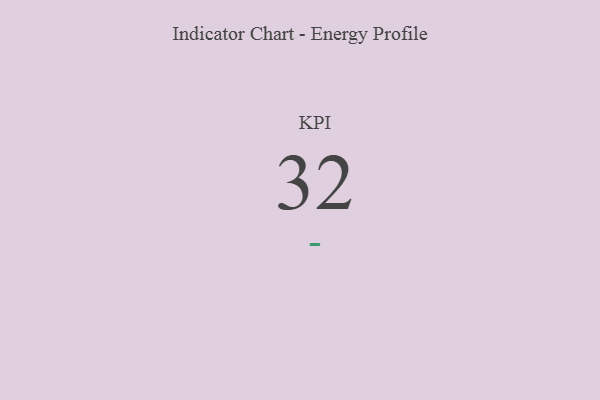
{"axis": {"x": "KPI", "y": "Value"}, "legend": [""], "data": [{"x": "KPI", "y": 32, "type": ""}]}